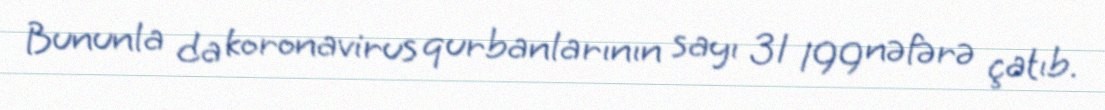
Bununla da koronavirus qurbanlarının sayı 31 199 nəfərə çatıb.